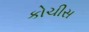
કોચીસ